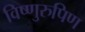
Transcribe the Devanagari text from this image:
विष्णुरुपिण